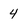
Character: 4